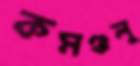
কমণ্ডলু